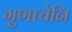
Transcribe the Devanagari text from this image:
गुणाचेनि